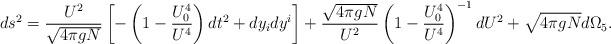
LaTeX: \begin{align*}ds^2 = {U^2\over \sqrt{4\pi gN}} \left[-\left(1-{U_0^4\over U^4}\right) dt^2 + dy_idy^i\right]+ {\sqrt{4\pi gN}\over U^2}\left(1-{U_0^4\over U^4}\right)^{-1} dU^2 + \sqrt{4\pi gN} d\Omega_5.\end{align*}